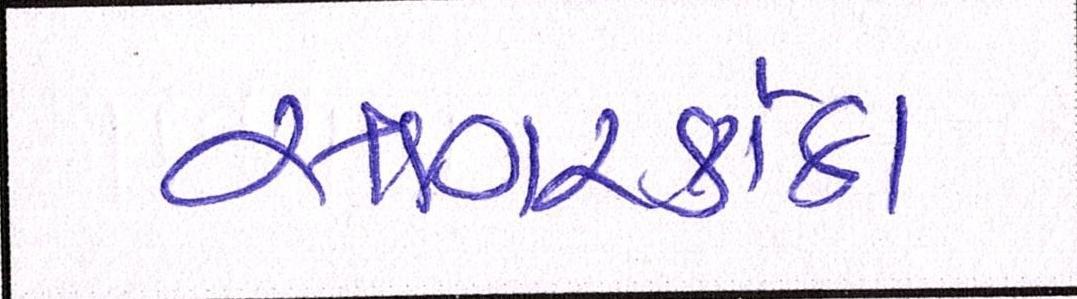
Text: સાગરકાંઠા